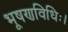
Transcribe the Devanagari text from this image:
भूषणविधिः।